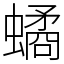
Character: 𧑐